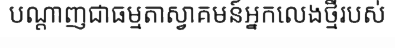
បណ្តាញជាធម្មតាស្វាគមន៍អ្នកលេងថ្មីរបស់